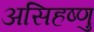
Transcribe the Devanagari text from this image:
असिहष्णु